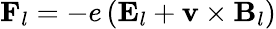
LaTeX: \mathbf{F}_{l}=-e\left(\mathbf{E}_{l}+\mathbf{v}\times\mathbf{B}_{l}\right)